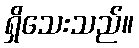
ရှိသေးသည်။